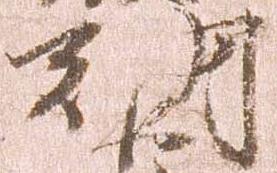
朝